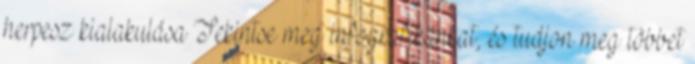
herpesz kialakulása Tekintse meg infografikánkat, és tudjon meg többet